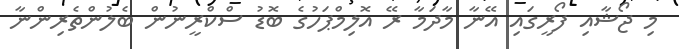
މި ޖޯޝާއި ފޯރީގައި އޭނާ މާދަމާ ރޭ އޮލިމްޕަހުގެ ބޮޑު ސްކްރީނުން ބެލުންތެރިންނާ